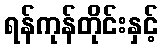
ရန်ကုန်တိုင်းနှင့်